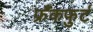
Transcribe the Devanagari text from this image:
फ्रँकफुर्ट